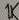
Text: 1K